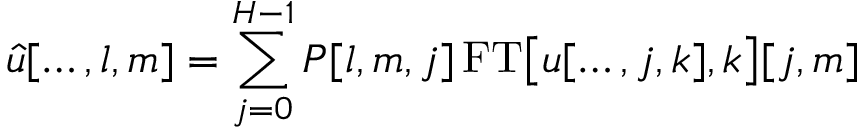
\hat { u } [ \ldots , l , m ] = \sum _ { j = 0 } ^ { H - 1 } P [ l , m , j ] \, \mathrm { F T } \big [ u [ \ldots , j , k ] , k \big ] [ j , m ]